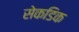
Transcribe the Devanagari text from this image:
सेकडिक